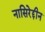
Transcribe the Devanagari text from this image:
नासिरेद्दीन